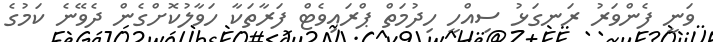
ވަނީ ފެންވަރު ރަނގަޅު ސިއްހީ ހިދުމަތް ޕްރައިވެޓް ފަރާތަކާ ހަވާލުކޮށްގެން ދެވޭނެ ކަމުގެ